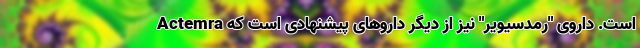
Actemra است. داروی "رمدسیویر" نیز از دیگر داروهای پیشنهادی است که